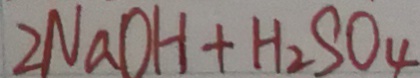
2 N a O H + H _ { 2 } S O _ { 4 }